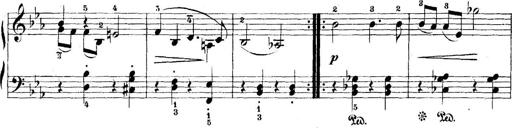
Title: 5 Sonatinas
Composer: Theodor Kirchner